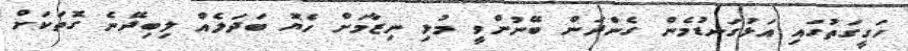
ހަގީގަތުގައި އަޅުގަނޑުމެން ގެންދަން ބޭނުންވީ މުޅި ނިޒާމަށް ހެޔޮ ބަދަލެއް ލިބިދޭނެ ގޮތަކަށް